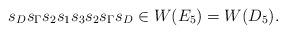
LaTeX: \begin{gather*}s_D s_\Gamma s_2 s_1 s_3 s_2 s_\Gamma s_D\in W(E_5)=W(D_5).\end{gather*}